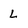
Character: L